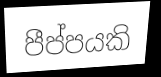
පීප්පයකි